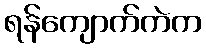
ရန်ကျောက်ကဲက